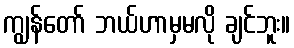
ကျွန်တော် ဘယ်ဟာမှမလို ချင်ဘူး။